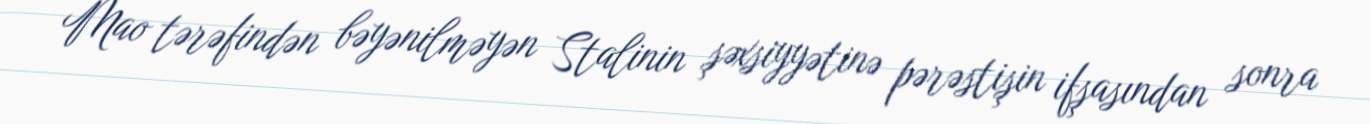
Mao tərəfindən bəyənilməyən Stalinin şəxsiyyətinə pərəstişin ifşasından sonra